Annual administration and progress report of the Indian Medical Department, Bombay
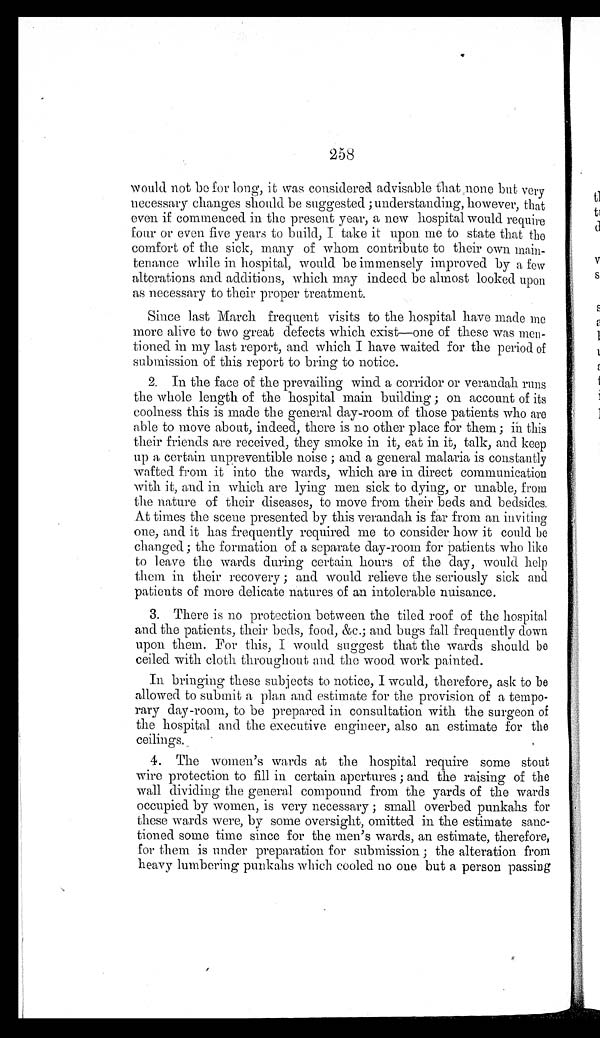
258
would not be for long, it was considered advisable that none but very
necessary changes should be suggested; understanding, however, that
even if commenced in the present year, a new hospital would require
four or even five years to build, I take it upon me to state that the
comfort of the sick, many of whom contribute to their own main
-
tenance while in hospital, would be immensely improved by a few
alterations and additions, which may indeed be al most looked upon
as necessary to their proper treatment.
Since last March frequent visits to the hospital have made me
more alive to two great defects which exist—one of these was men
-
tioned in my last report, and which I have waited for the period of
submission of this report to bring to notice.
2. In the face of the prevailing wind a corridor or verandah runs
the whole length of the hospital main building; on account of its
coolness this is made the general day-room of those patients who are
able to move about, indeed, there is no other place for them; in this
their friends are received, they smoke in it, eat in it, talk, and keep
up a certain unpreventible noise; and a general malaria is constantly
wafted from it into the wards, which are in direct communication
with it, and in which are lying men sick to dying, or unable, from
the nature of their diseases, to move from their beds and bedsides.
At times the scene presented by this verandah is far from an inviting
one, and it has frequently required me to consider how it could be
changed; the formation of a separate clay-room for patients who like
to leave the wards during certain hours of the day, would help
them in their recovery; and would relieve the seriously sick and
patients of more delicate natures of an intolerable nuisance.
3. There is no protection between the tiled roof of the hospital
and the patients, their beds, food, &c.; and bugs fall frequently down
upon them. For this, I would suggest that the wards should be
ceiled with cloth throughout and the wood work painted.
In bringing these subjects to notice, I would, therefore, ask to be
allowed to submit a plan and estimate for the provision of a tempo
-
rary day-room, to be prepared in consultation with the surgeon of
the hospital and the executive engineer, also an estimate for the
ceilings.
4. The women's wards at the hospital require some stout
wire protection to fill in certain apertures; and the raising of the
wall dividing the general compound from the yards of the wards
occupied by women, is very necessary; small overbed punkahs for
these wards were, by some oversight, omitted in the estimate sanc
-
tioned some time since for the men's wards, an estimate, therefore,
for them is under preparation for submission; the alteration from
heavy lumbering punkahs which cooled no one but a person passing